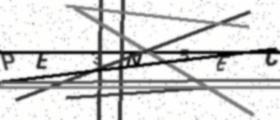
Text: PE3N5EC